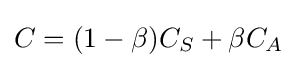
C=(1-\beta )C_{S}+\beta C_{A}\!